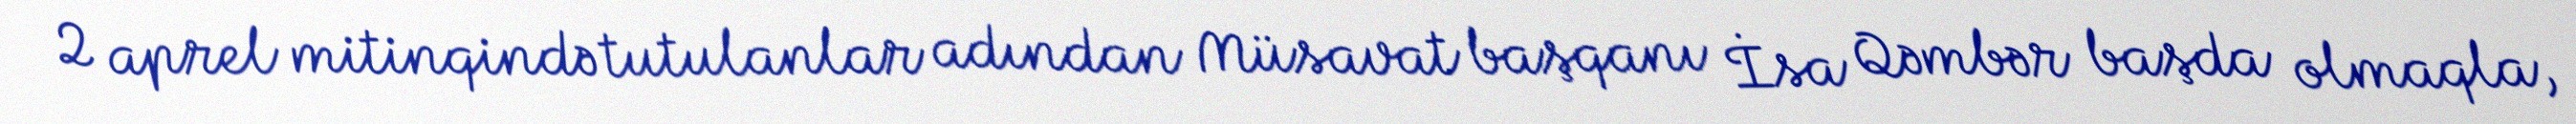
2 aprel mitinqində tutulanlar adından Müsavat başqanı İsa Qəmbər başda olmaqla,